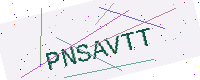
Text: PNSAVTT